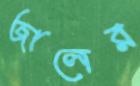
জালের